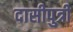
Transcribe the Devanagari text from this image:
दासीपुत्री